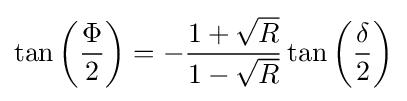
\tan \left({\frac {\Phi }{2}}\right)=-{\frac {1+{\sqrt {R}}}{1-{\sqrt {R}}}}\tan \left({\frac {\delta }{2}}\right)